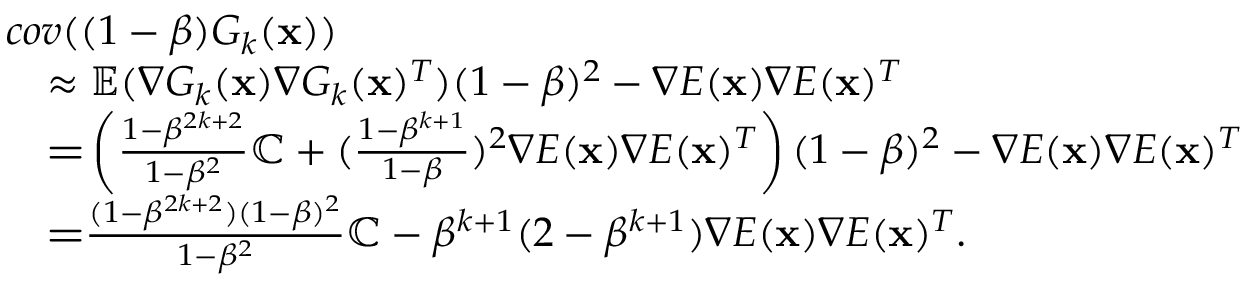
\begin{array} { r l } & { c o v ( ( 1 - \beta ) G _ { k } ( \mathbf { x } ) ) } \\ & { \quad \approx { \mathbb { E } } ( \nabla G _ { k } ( \mathbf { x } ) \nabla G _ { k } ( \mathbf { x } ) ^ { T } ) ( 1 - \beta ) ^ { 2 } - \nabla E ( \mathbf { x } ) \nabla E ( \mathbf { x } ) ^ { T } } \\ & { \quad \textbf = \left( \frac { 1 - \beta ^ { 2 k + 2 } } { 1 - \beta ^ { 2 } } { \mathbb { C } } + ( \frac { 1 - \beta ^ { k + 1 } } { 1 - \beta } ) ^ { 2 } \nabla E ( \mathbf { x } ) \nabla E ( \mathbf { x } ) ^ { T } \right) ( 1 - \beta ) ^ { 2 } - \nabla E ( \mathbf { x } ) \nabla E ( \mathbf { x } ) ^ { T } } \\ & { \quad \textbf = \frac { ( 1 - \beta ^ { 2 k + 2 } ) ( 1 - \beta ) ^ { 2 } } { 1 - \beta ^ { 2 } } { \mathbb { C } } - \beta ^ { k + 1 } ( 2 - \beta ^ { k + 1 } ) \nabla E ( \mathbf { x } ) \nabla E ( \mathbf { x } ) ^ { T } . } \end{array}